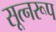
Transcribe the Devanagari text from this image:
सूत्नरूप